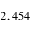
2 , 4 5 4